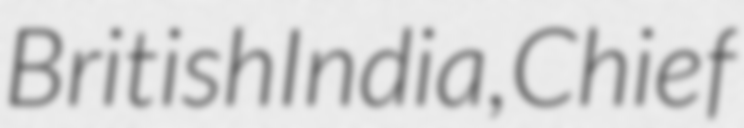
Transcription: British India, Chief